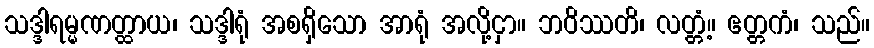
သဒ္ဒါရမ္မဏတ္ထာယ၊ သဒ္ဒါရုံ အစရှိသော အာရုံ အလို့ငှာ။ ဘဝိဿတိ၊ လတ္တံ့။ ဧတ္တကံ၊ သည်။